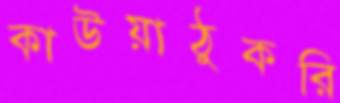
কাউয়াঠুকরি